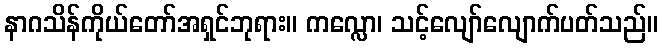
နာဂသိန်ကိုယ်တော်အရှင်ဘုရား။ ကလ္လော၊ သင့်လျော်လျောက်ပတ်သည်။